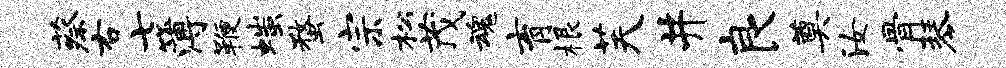
蔡右七簿鞭嗤蝥宗松茂魂育根芙井良奠汝骨琴